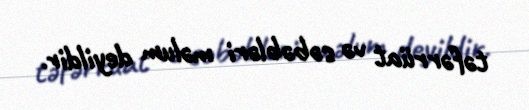
təfərrüat və səbəbləri məlum deyildir.